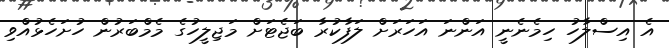
އެ އިސްލާހު ހިމެނެނީ އަންނަ އަހަރަށް ލަފާކުރާ ބަޖެޓަށް މަޖިލީހުގެ މެމްބަރުން ހުށަހެޅުއްވި